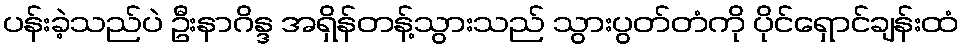
ပန်းခဲ့သည်ပဲ ဦးနာဂိန္ဒ အရှိန်တန့်သွားသည် သွားပွတ်တံကို ပိုင်ရှောင်ချန်းထံ